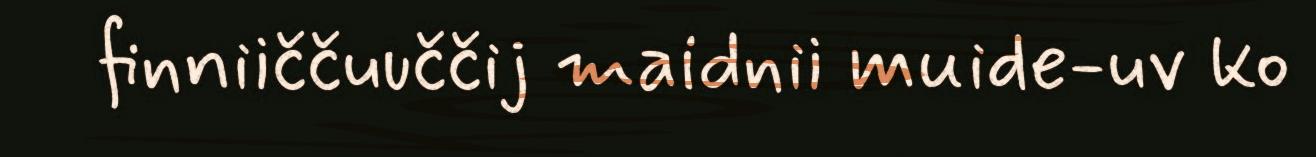
finniiččuuččij maidnii muide-uv ko